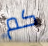
كم